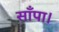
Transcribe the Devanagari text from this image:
साँपा।